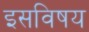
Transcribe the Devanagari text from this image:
इसविषय